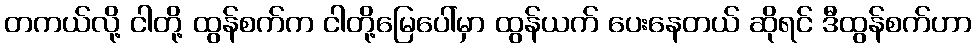
တကယ်လို့ ငါတို့ ထွန်စက်က ငါတို့မြေပေါ်မှာ ထွန်ယက် ပေးနေတယ် ဆိုရင် ဒီထွန်စက်ဟာ